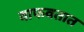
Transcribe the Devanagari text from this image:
वाफवतात